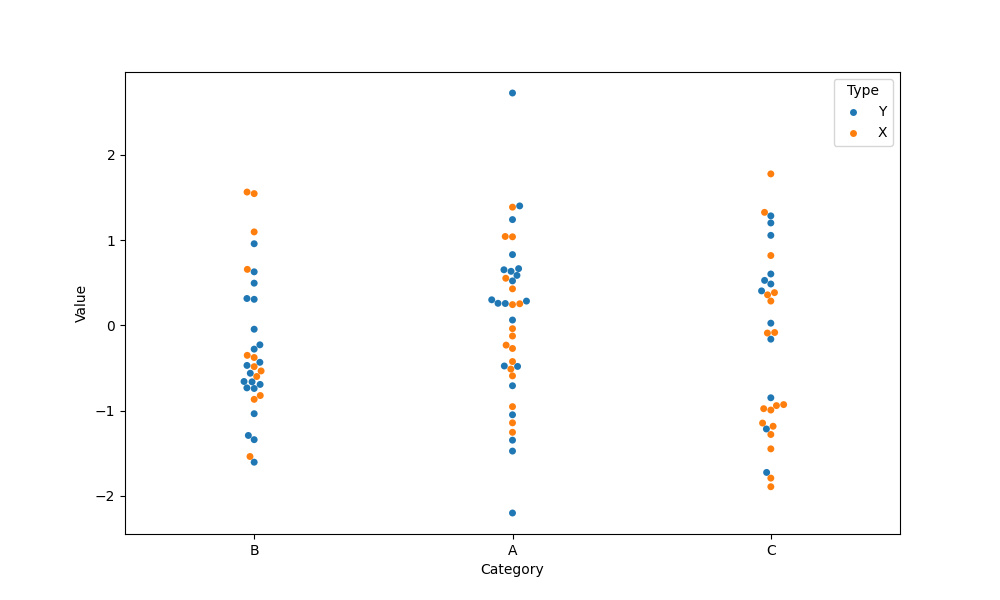
python, seaborn, swarmplot, dodge=False, alpha=1.0, size=5